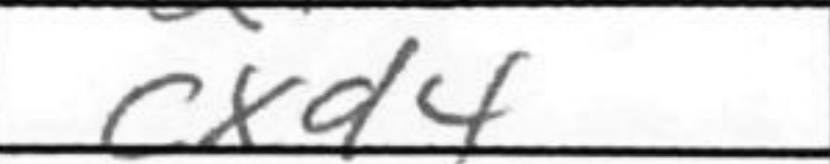
Transcription: cxd4